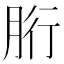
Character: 胻